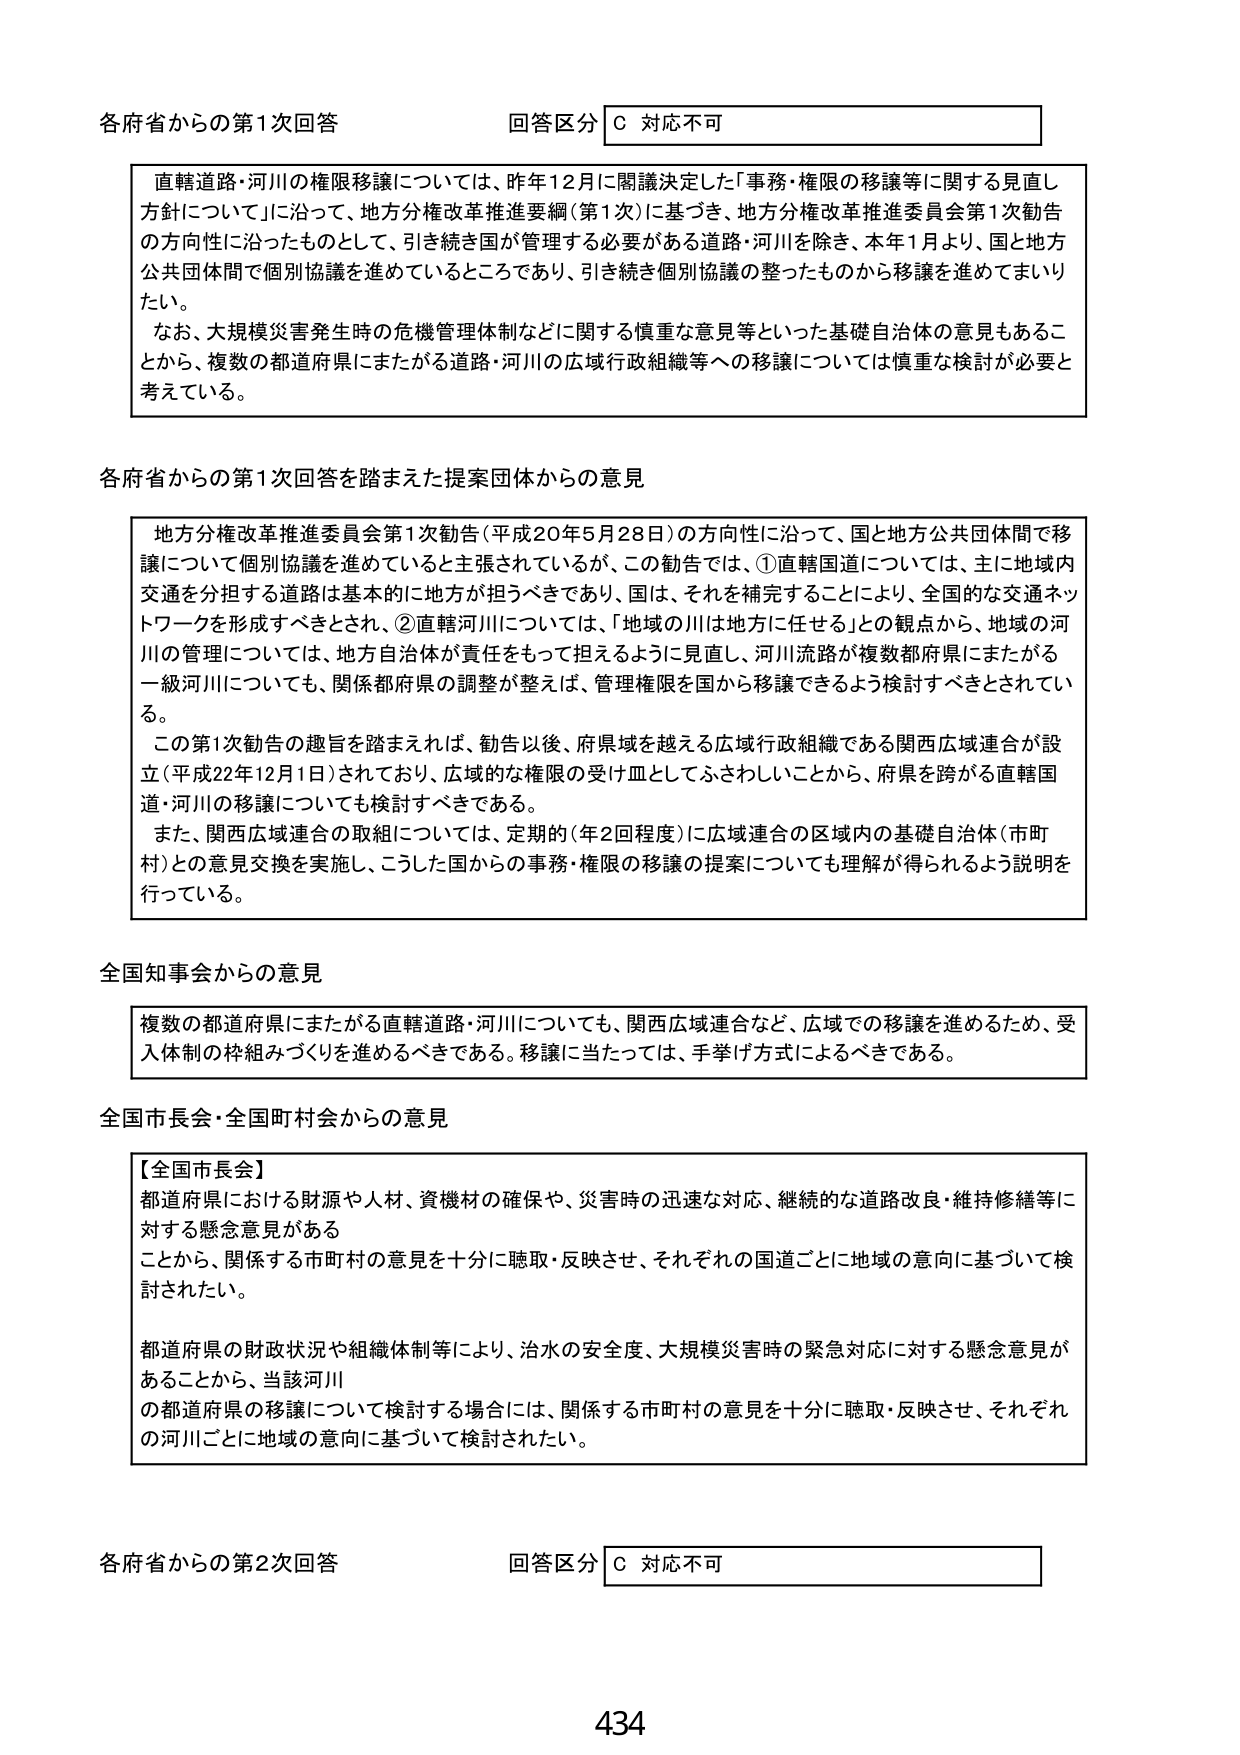
各府省からの第1次回答
回答区分 C 対応不可

直轄道路・河川の権限移譲については、昨年12月に閣議決定した「事務・権限の移譲等に関する見直し方針について」に沿って、地方分権改革推進要綱（第1次）に基づき、地方分権改革推進委員会第1次勧告の方向性に沿ったものとして、引き続き国が管理する必要がある道路・河川を除き、本年1月より、国と地方公共団体間で個別協議を進めているところであり、引き続き個別協議の整ったものから移譲を進めてまいりたい。
なお、大規模災害発生時の危機管理体制などに関する慎重な意見等といった基礎自治体の意見もあることから、複数の都道府県にまたがる道路・河川の広域行政組織等への移譲については慎重な検討が必要と考えている。

各府省からの第1次回答を踏まえた提案団体からの意見

地方分権改革推進委員会第1次勧告（平成20年5月28日）の方向性に沿って、国と地方公共団体間で移譲について個別協議を進めていると主張されているが、この勧告では、①直轄国道については、主に地域内交通を分担する道路は基本的に地方が担うべきであり、国は、それを補完することにより、全国的な交通ネットワークを形成すべきとされ、②直轄河川については、「地域の川は地方に任せる」との観点から、地域の河川の管理については、地方自治体が責任をもって担えるように見直し、河川流路が複数都府県にまたがる一級河川についても、関係都府県の調整が整えば、管理権限を国から移譲できるよう検討すべきとされている。
この第1次勧告の趣旨を踏まえれば、勧告以後、府県域を越える広域行政組織である関西広域連合が設立（平成22年12月1日）されており、広域的な権限の受け皿としてふさわしいことから、府県を跨がる直轄国道・河川の移譲についても検討すべきである。
また、関西広域連合の取組については、定期的（年2回程度）に広域連合の区域内の基礎自治体（市町村）との意見交換を実施し、こうした国からの事務・権限の移譲の提案についても理解が得られるよう説明を行っている。

全国知事会からの意見

複数の都道府県にまたがる直轄道路・河川についても、関西広域連合など、広域での移譲を進めるため、受入体制の枠組みづくりを進めるべきである。移譲に当たっては、手挙げ方式によるべきである。

全国市長会・全国町村会からの意見

【全国市長会】
都道府県における財源や人材、資機材の確保や、災害時の迅速な対応、継続的な道路改良・維持修繕等に対する懸念意見がある
ことから、関係する市町村の意見を十分に聴取・反映させ、それぞれの国道ごとに地域の意向に基づいて検討されたい。
都道府県の財政状況や組織体制等により、治水の安全性、大規模災害時の緊急対応に対する懸念意見があることから、当該河川
の都道府県の移譲について検討する場合には、関係する市町村の意見を十分に聴取・反映させ、それぞれの河川ごとに地域の意向に基づいて検討されたい。

各府省からの第2次回答
回答区分 C 対応不可

434